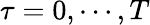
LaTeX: \tau=0,\cdots,T